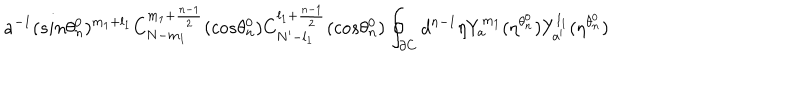
LaTeX: a ^ { - 1 } ( s i n { \theta _ { n } ^ { 0 } } ) ^ { m _ { 1 } + l _ { 1 } } C _ { N - m _ { 1 } } ^ { m _ { 1 } + \frac { n - 1 } { 2 } } ( c o s { \theta _ { n } ^ { 0 } } ) C _ { N ^ { \prime } - l _ { 1 } } ^ { l _ { 1 } + \frac { n - 1 } { 2 } } ( c o s { \theta _ { n } ^ { 0 } } ) \oint _ { \partial C } d ^ { n - 1 } { \eta } Y _ { a } ^ { m _ { 1 } } ( \eta ^ { \theta _ { n } ^ { 0 } } ) Y _ { a ^ { \prime } } ^ { l _ { 1 } } ( \eta ^ { \theta _ { n } ^ { 0 } } )